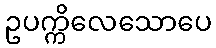
ဥပက္ကိလေသောပေ